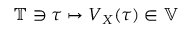
\mathbb { T } \ni \boldsymbol { \tau } \mapsto \boldsymbol { V } _ { \u { X } } ( \boldsymbol { \tau } ) \in \mathbb { V }